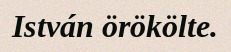
István örökölte.